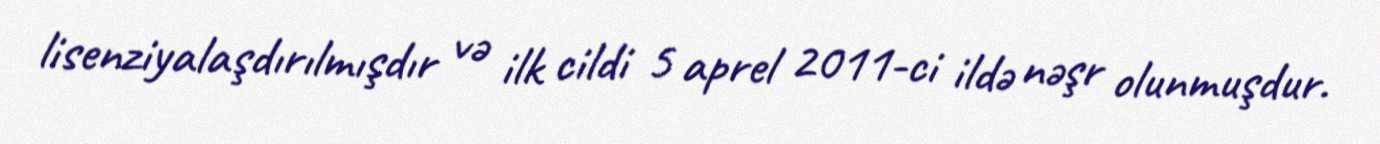
lisenziyalaşdırılmışdır və ilk cildi 5 aprel 2011-ci ildə nəşr olunmuşdur.